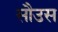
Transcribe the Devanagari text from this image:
सौउस